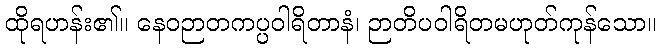
ထိုရဟန်း၏။ နေဝဉာတကပ္ပဝါရိတာနံ၊ ဉာတိပဝါရိတမဟုတ်ကုန်သော။